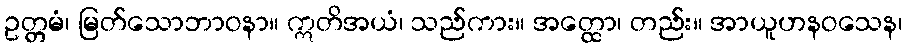
ဥတ္တမံ၊ မြတ်သောဘာဝနာ။ ဣတိအယံ၊ သည်ကား။ အတ္ထော၊ တည်း။ အာယူဟနဝသေန၊